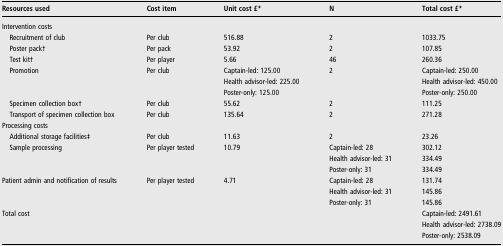
<table><thead><tr><td><b>Resources used</b></td><td><b>Cost item</b></td><td><b>Unit cost £*</b></td><td><b>N</b></td><td><b>Total cost £*</b></td></tr></thead><tbody><tr><td colspan="5">Intervention costs</td></tr><tr><td> Recruitment of club</td><td>Per club</td><td>516.88</td><td>2</td><td>1033.75</td></tr><tr><td> Poster pack†</td><td>Per pack</td><td>53.92</td><td>2</td><td>107.85</td></tr><tr><td> Test kit†</td><td>Per player</td><td>5.66</td><td>46</td><td>260.36</td></tr><tr><td> Promotion</td><td>Per club</td><td>Captain-led: 125.00</td><td>2</td><td>Captain-led: 250.00</td></tr><tr><td></td><td></td><td>Health advisor-led: 225.00</td><td></td><td>Health advisor-led: 450.00</td></tr><tr><td></td><td></td><td>Poster-only: 125.00</td><td></td><td>Poster-only: 250.00</td></tr><tr><td> Specimen collection box†</td><td>Per club</td><td>55.62</td><td>2</td><td>111.25</td></tr><tr><td> Transport of specimen collection box</td><td>Per club</td><td>135.64</td><td>2</td><td>271.28</td></tr><tr><td colspan="5">Processing costs</td></tr><tr><td> Additional storage facilities‡</td><td>Per club</td><td>11.63</td><td>2</td><td>23.26</td></tr><tr><td> Sample processing</td><td>Per player tested</td><td>10.79</td><td>Captain-led: 28</td><td>302.12</td></tr><tr><td></td><td></td><td></td><td>Health advisor-led: 31</td><td>334.49</td></tr><tr><td></td><td></td><td></td><td>Poster-only: 31</td><td>334.49</td></tr><tr><td>Patient admin and notification of results</td><td>Per player tested</td><td>4.71</td><td>Captain-led: 28</td><td>131.74</td></tr><tr><td></td><td></td><td></td><td>Health advisor-led: 31</td><td>145.86</td></tr><tr><td></td><td></td><td></td><td>Poster-only: 31</td><td>145.86</td></tr><tr><td>Total cost</td><td></td><td></td><td></td><td>Captain-led: 2491.61</td></tr><tr><td></td><td></td><td></td><td></td><td>Health advisor-led: 2738.09</td></tr><tr><td></td><td></td><td></td><td></td><td>Poster-only: 2538.09</td></tr></tbody></table>